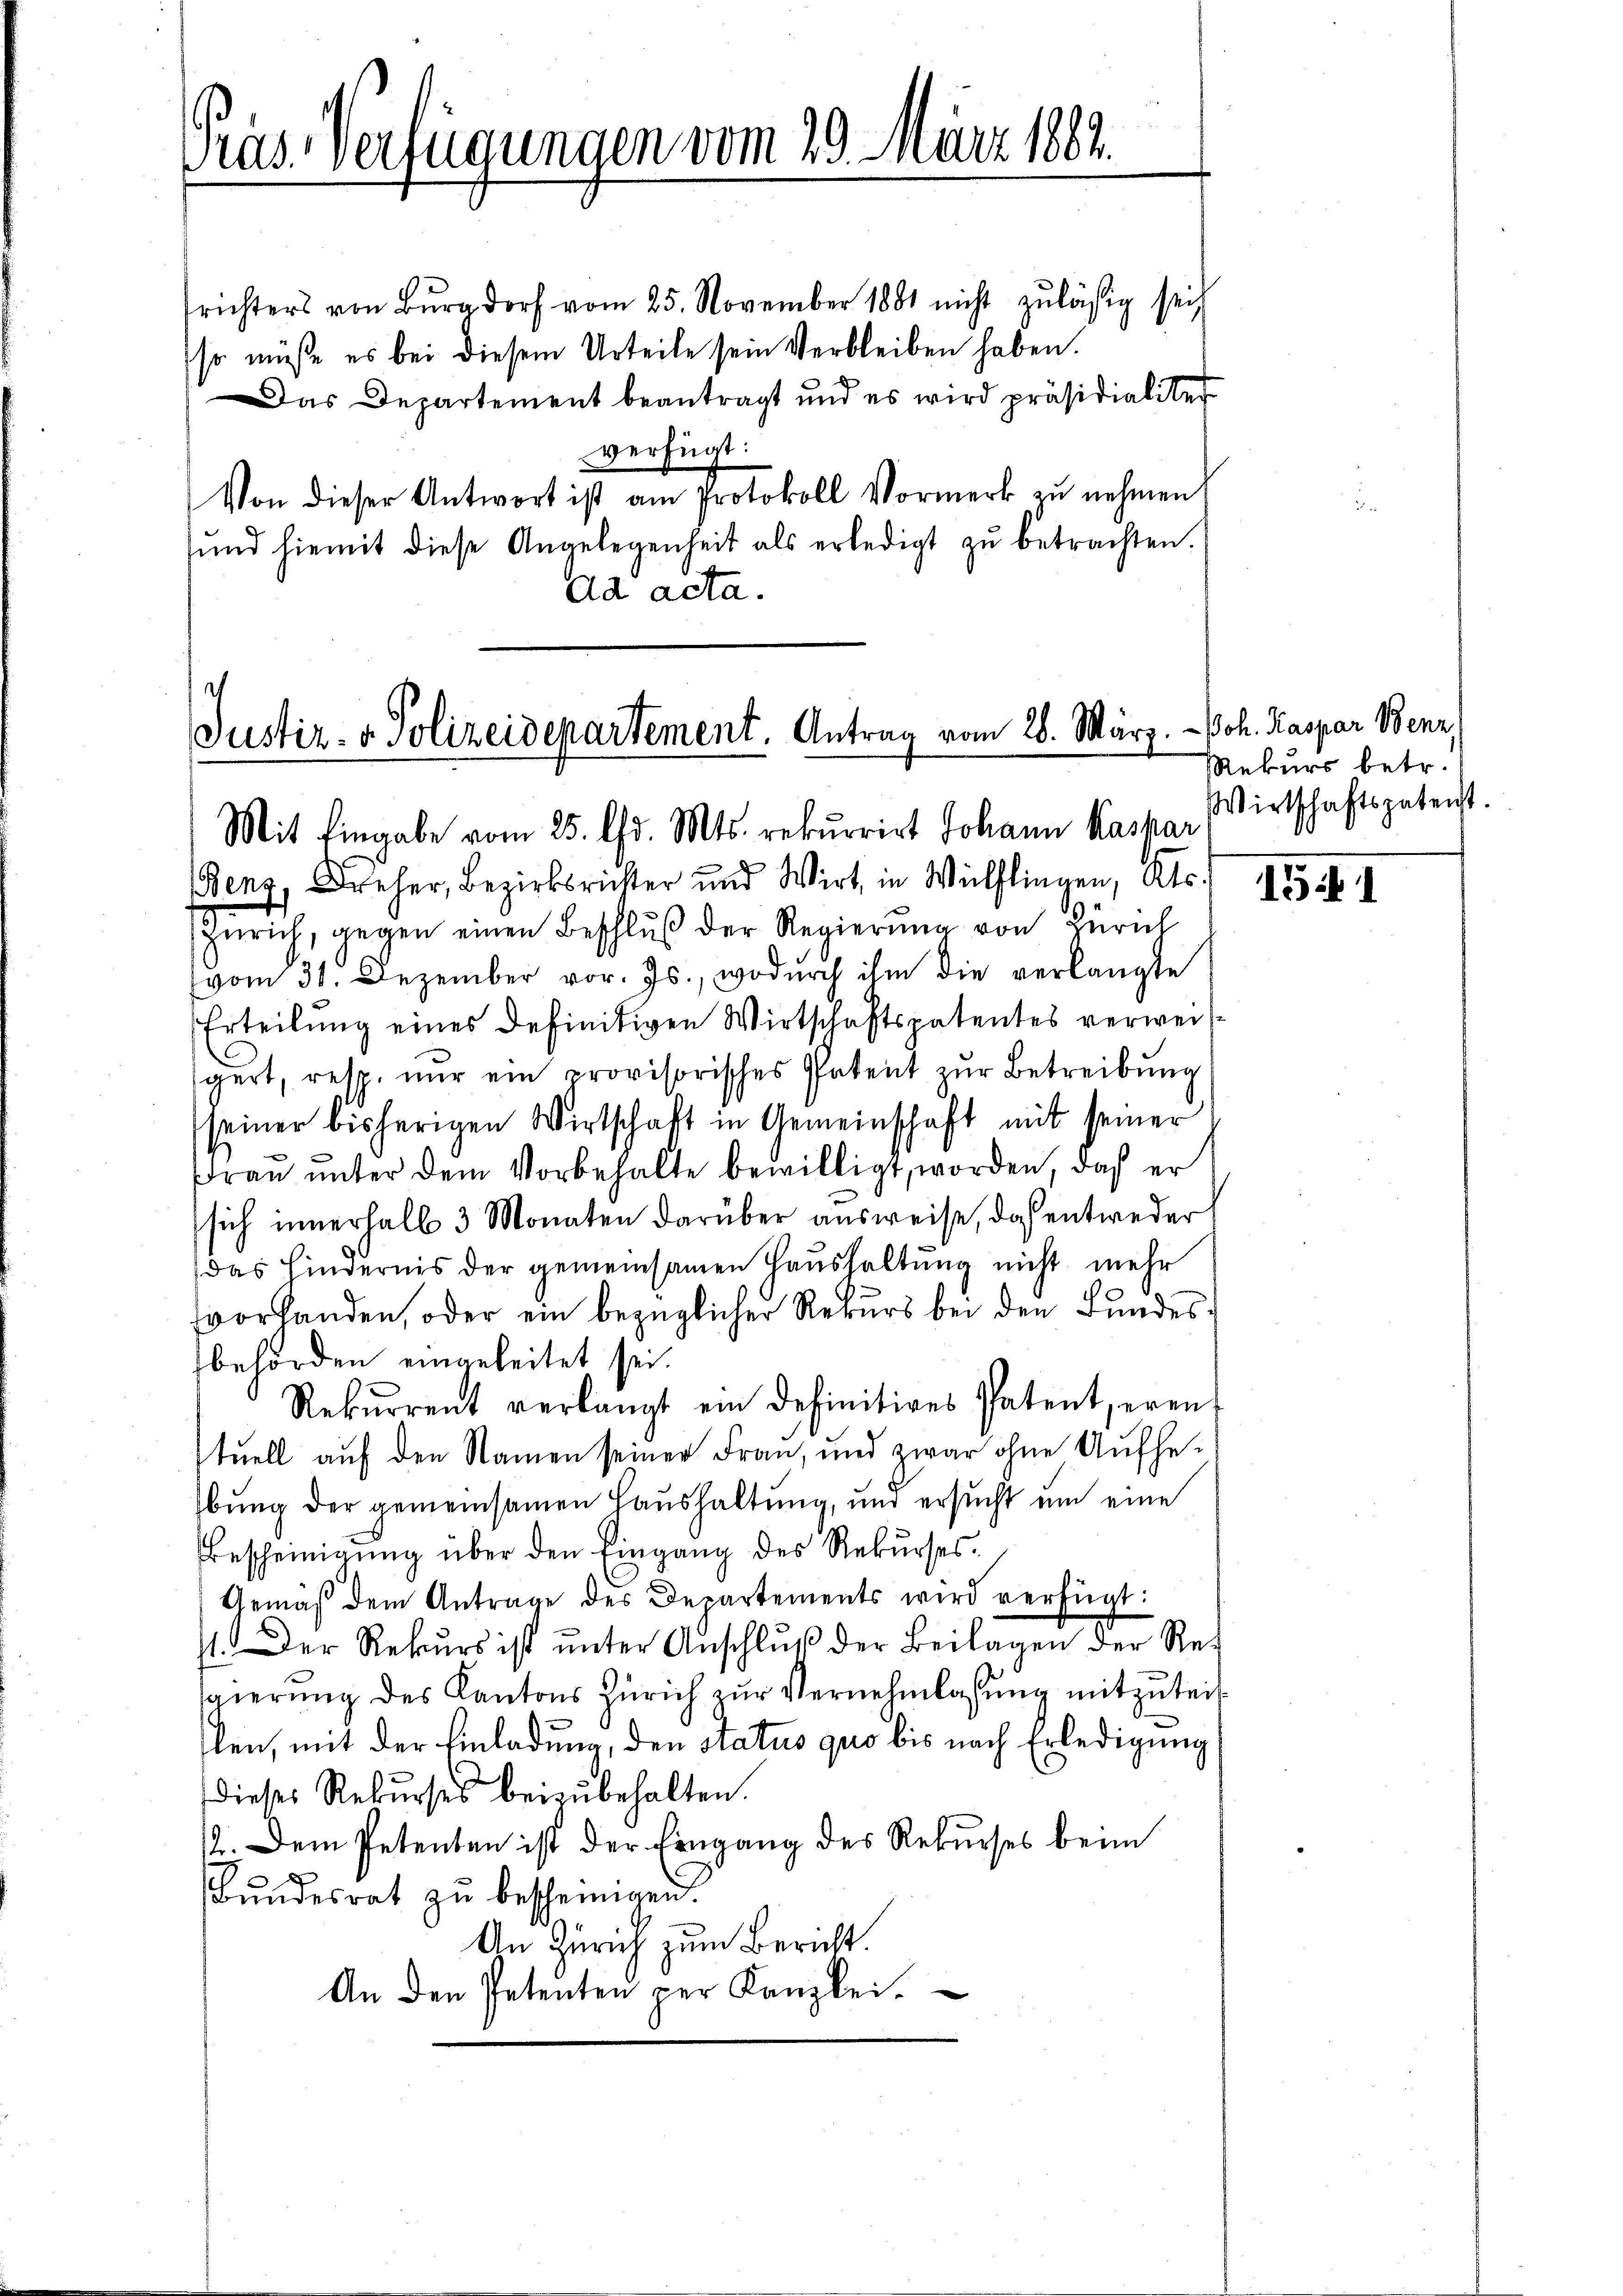
Präs. Verfügungen vom 20. März 1882.

srichters von Burgdorf vom 25. November 1881 nicht zulässig sei
so müße es bei diesem Urteile sein Verbleiben haben.
Das Departement beantragt und es wird präsidialiter
verfügt:
Von dieser Antwort ist am Protokoll Vormerk zŭ nehmen
und hiemit diese Angelegenheit als erledigt zŭ betrachten.
da acta.

Justiz- & Polizeidepartement. Antrag vom 28. März. Joh. Kaspar Benz,
Mit Eingabe vom 25. Chr. Mts. rekurrirt Johann Kaspar
Benz, Dreher, Bezirksrichter und Wirt in Wülflingen, Kts.

Zürich, gegen einen Beschlŭβ der Regierŭng von Zürich
(vom 31. Dezember vor. Js., wodurch ihm die verlangte
Erteilung eines Definitiven Wirtschaftspatentes verweis
gert, resp. nur ein provisorisches Patent zur Betreibung
seiner bisherigen Wirtschaft in Gemeinschaft mit seiner
Frau unter dem Vorbehalte bewilligt, worden, daß er
sich innerhalb 3 Monaten darüber ausweise, daß entweder
das Hindernis der gemeinsamen Haushaltung nicht mehr
vorhanden, oder ein bezüglicher Rekurs bei den Bundesbehörden eingeleitet sei.
Rekurrent verlangt ein definitives Patenteren
stuell auf den Namen seiner Frau, und zwar ohne Aufhebung der gemeinsamen Haushaltung, und ersucht um eine
Bescheinigŭng über den Eingang des Rekŭrses.
Gemäβ dem Antrage des Departements wird verfügt:
st. Der Rekŭrs ist ŭnter Anschlŭβ der Beilagen der Re-
gierung des Kantons Zürich zur Vernehmlassung mitzuteil
len, mit der Einladung, den Status quo bis nach Erledigung
Dieses Rekurses beizubehalten.
/2. Dem Petenten ist der Eingang des Rekurses beim
Bundesrat zu bescheinigen.
An Zürich zum Bericht.
An den Petenten per Kanzlei.

Rekurs betr.
Wirtschaftspatenst.

15 I